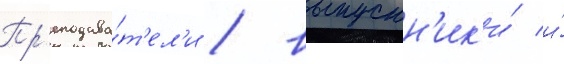
Пр'еподава́т'ел'и / выпускн'ик'и́ и́